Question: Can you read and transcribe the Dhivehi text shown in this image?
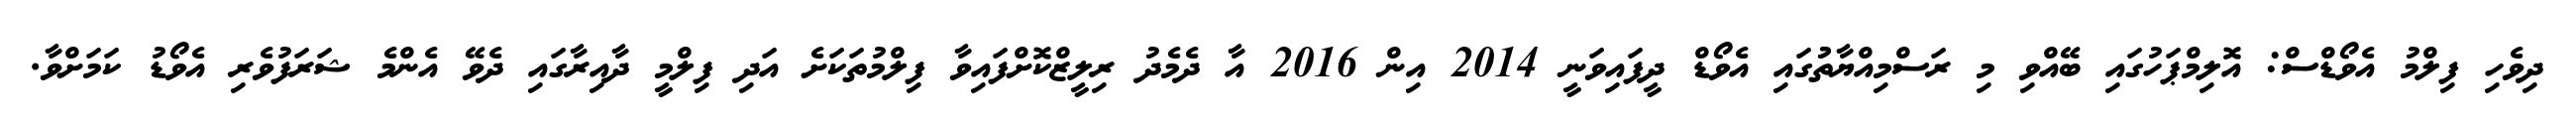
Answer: ދިވެހި ފިލްމު އެވޯޑްސް: އޮލިމްޕަހުގައި ބޭއްވި މި ރަސްމިއްޔާތުުގައި އެވޯޑް ދީފައިވަނީ 2014 އިން 2016 އާ ދެމެދު ރިލީޒްކޮށްފައިވާ ފިލްމުތަކަށެ އަދި ފިލްމީ ދާއިރާގައި ދެވޭ އެންމެ ޝަރަފުވެރި އެވޯޑު ކަމަށްވާ.